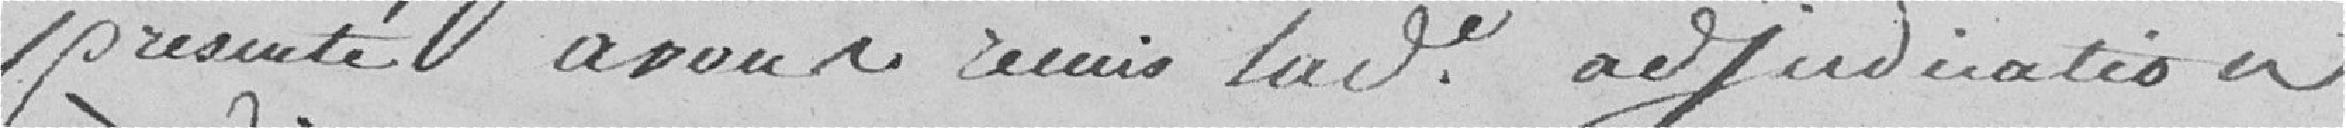
présenté avons remis ladite adjudication